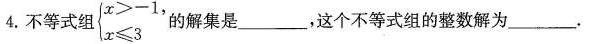
4.不等式组$$\begin { cases }